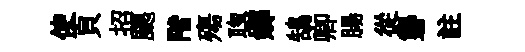
使頁招颸階殤聦嫏鵠卿腸從礱註